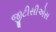
જીટીસીએસ